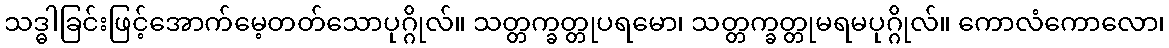
သဒ္ဓါခြင်းဖြင့်အောက်မေ့တတ်သောပုဂ္ဂိုလ်။ သတ္တက္ခတ္တုပရမော၊ သတ္တက္ခတ္တုမရမပုဂ္ဂိုလ်။ ကောလံကောလော၊